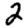
Digit: 2